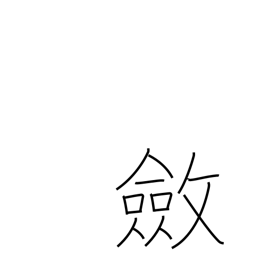
Meaning: stiffen